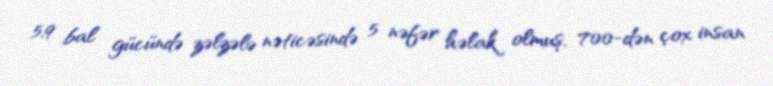
5,9 bal gücündə zəlzələ nəticəsində 5 nəfər həlak olmuş, 700-dən çox insan